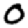
Digit: 0